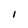
Character: I